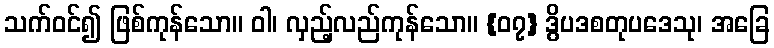
သက်ဝင်၍ ဖြစ်ကုန်သော။ ဝါ၊ လှည့်လည်ကုန်သော။ {၀၇} ဒွိပဒစတုပဒေသု၊ အခြေ